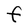
Character: F